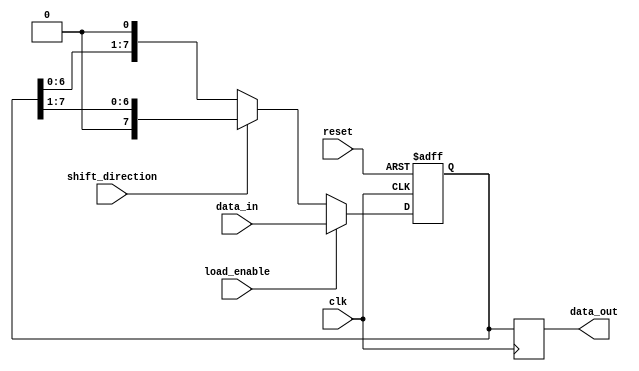
module LogarithmicShiftRegister #(
    parameter WIDTH = 8 // Configurable width (8, 16, 32, etc.)
)(
    input wire clk,                // Clock signal
    input wire reset,              // Reset signal
    input wire load_enable,        // Load enable signal
    input wire shift_direction,     // Shift direction (0 = left, 1 = right)
    input wire [WIDTH-1:0] data_in, // Data input for parallel load
    output reg [WIDTH-1:0] data_out // Data output
);

// Internal register to hold the shifted data
reg [WIDTH-1:0] shift_reg;

// Logarithmic arithmetic block (placeholder for actual implementation)
function [WIDTH-1:0] logarithmic_operation(input [WIDTH-1:0] data);
    // Example: Placeholder for logarithmic operation
    // Implement the actual logarithmic operation as needed
    logarithmic_operation = data; // No operation for now
endfunction

// Sequential logic for shifting and loading
always @(posedge clk or posedge reset) begin
    if (reset) begin
        shift_reg <= 0; // Clear the register on reset
    end else if (load_enable) begin
        shift_reg <= data_in; // Load new data
    end else begin
        if (shift_direction == 1'b0) begin
            // Left shift
            shift_reg <= {shift_reg[WIDTH-2:0], 1'b0}; // Shift left and insert 0
        end else begin
            // Right shift
            shift_reg <= {1'b0, shift_reg[WIDTH-1:1]}; // Shift right and insert 0
        end
    end
end

// Output the logarithmic operation result
always @(posedge clk) begin
    data_out <= logarithmic_operation(shift_reg);
end

endmodule